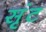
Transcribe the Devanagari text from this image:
सृंट